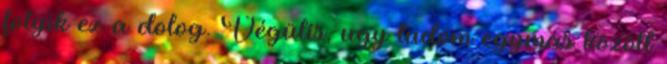
folyik ez a dolog. Végülis, ugy tudom egymás között